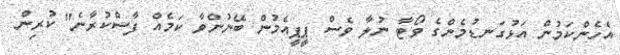
އެހެންކަމުން އަޅުގަނޑުމެންގެ ވޯޓާ ނުލާ ވެސް ޕީޕީއެމުން ބޭނުންވާ ކަމެއް ފާސްކުރާނެ" ކުރިން